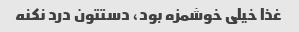
غذا خیلی خوشمزه بود، دستتون درد نکنه